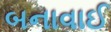
બનાવાઈ